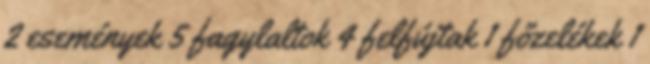
2 események 5 fagylaltok 4 felfújtak 1 főzelékek 1